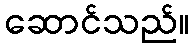
ဆောင်သည်။